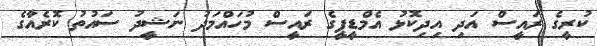
ކުރީގެ ރައީސް އަދި އިދިކޮޅު އެމްޑީޕީގެ ރައީސް މުހައްމަދު ނަޝީދު ސައުތު ކޮރެއާގެ